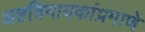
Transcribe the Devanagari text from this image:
अष्टविनायकांप्रमाणे